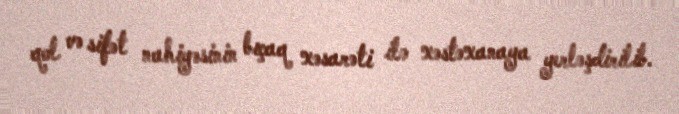
qol və sifət nahiyəsinin bıçaq xəsarəti ilə xəstəxanaya yerləşdirilib.